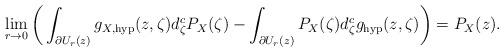
LaTeX: \begin{align*}\lim_{r\rightarrow 0}\bigg(\int_{\partial U_{r}(z)}g_{X,\mathrm{hyp}}(z,\zeta)d_{\zeta}^{c}P_{X}(\zeta)-\int_{\partial U_{r}(z)}P_{X}(\zeta)d_{\zeta}^{c}g_{\mathrm{hyp}}(z,\zeta)\bigg)= P_{X}(z).\end{align*}